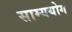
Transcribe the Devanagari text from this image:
साम्ययोग